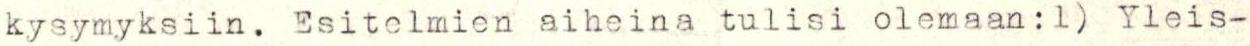
kysymyksiin. Esitelmien aiheina tulisi olemaan:1) Yleis-